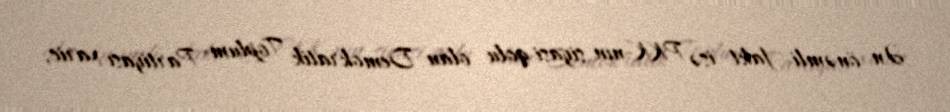
Ən önəmli fakt isə PKK-nın siyasi qolu olan Demokratik Toplum Partiyası xaric,